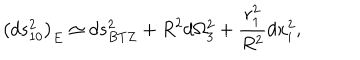
LaTeX: \left( d s _ { 1 0 } ^ { 2 } \right) _ { E } \simeq d s _ { B T Z } ^ { 2 } + R ^ { 2 } d \Omega _ { 3 } ^ { 2 } + { \frac { r _ { 1 } ^ { 2 } } { R ^ { 2 } } } d x _ { i } ^ { 2 } ,